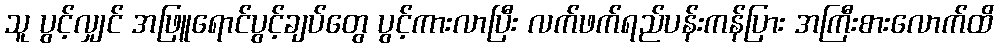
သူ ပွင့်လျှင် အဖြူရောင်ပွင့်ချပ်တွေ ပွင့်ကားလာပြီး လက်ဖက်ရည်ပန်းကန်ပြား အကြီးစားလောက်ထိ